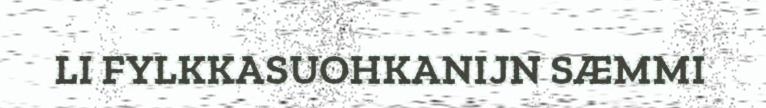
LI FYLKKASUOHKANIJN SÆMMI